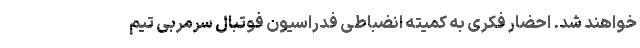
خواهند شد. احضار فکری به کمیته انضباطی فدراسیون فوتبال سرمربی تیم